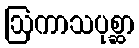
ဩကာသပုစ္ဆာ